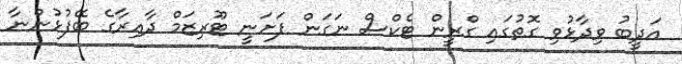
އަދީބު ވިދާޅުވި ގޮތުގައި ގްރީން ޓެކްސް ނަގަން ފަށަނީ ޓޫރިޒަމް ދާއިރާގެ ބޭފުޅުންނާ